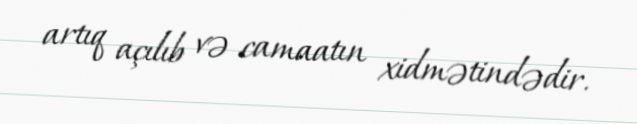
artıq açılıb və camaatın xidmətindədir.